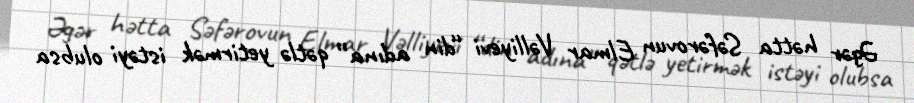
Əgər hətta Səfərovun Elmar Vəlliyevi “din adına” qətlə yetirmək istəyi olubsa